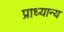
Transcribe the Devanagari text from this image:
प्राध्यान्य